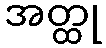
အတ္ထု